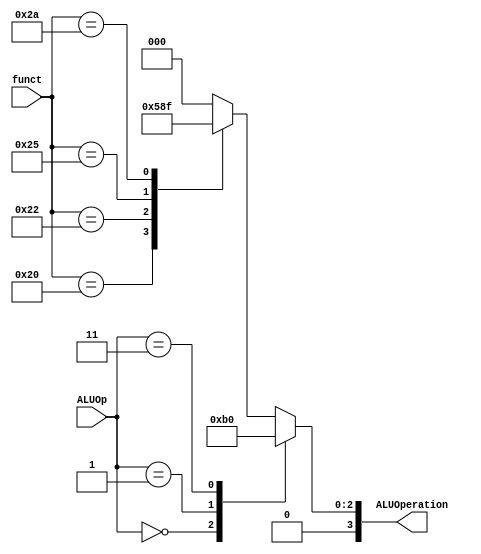
module ALU_Control ( funct, ALUOp, ALUOperation );
    input       [5:0]   funct;
    input       [1:0]   ALUOp;
    output  reg [3:0]   ALUOperation;

    initial ALUOperation = 0;

    always @ ( funct, ALUOp )
        case (ALUOp)
            2'b00:  ALUOperation = 4'b0010; // add
            2'b01:  ALUOperation = 4'b0110; // subtract
            2'b11:  ALUOperation = 4'b0000; // and
            default: // 2'b10
            begin
                case (funct)
                    6'b100000:  ALUOperation = 4'b0010; // add 
                    6'b100010:  ALUOperation = 4'b0110; // subtract
                    6'b100100:  ALUOperation = 4'b0000; // and
                    6'b100101:  ALUOperation = 4'b0001; // or
                    6'b101010:  ALUOperation = 4'b0111; // slt
                    default:    ALUOperation = 0;       // don't cares
                endcase
            end
        endcase
endmodule